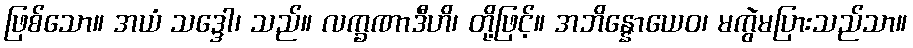
ဖြစ်သော။ အယံ သဒ္ဒေါ၊ သည်။ လက္ခဏာဒီဟိ၊ တို့ဖြင့်။ အဘိန္နောယေဝ၊ မကွဲမပြားသည်သာ။